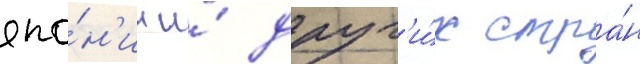
япо́н'ии и́ друг'и́х стра́н